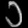
Digit: ၁